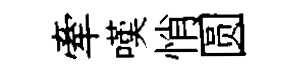
牽嘆悄圆